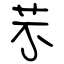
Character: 芣